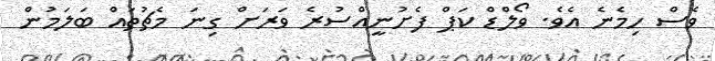
ވެސް ހިމެނެ އެވެ. ވޯލްޑް ކަޕް ފެށުނީއްސުރެ ވަރަށް ގިނަ މެޗުތައް ބަލަަމުން